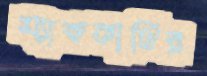
ম্যাককার্থির